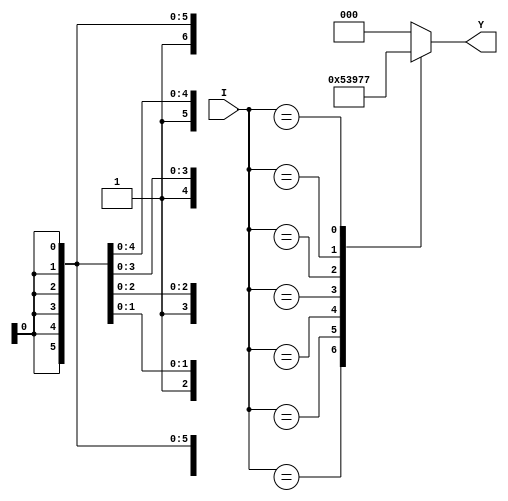
module pe8_3(I,Y);
 input[7:0] I;
 output reg[2:0] Y;
    always@(I)
    begin
	  case(I)
                8'b00000001 : Y=3'd0;
		8'b0000001X : Y=3'd1;
		8'b000001XX : Y=3'd2;
		8'b00001XXX : Y=3'd3;
		8'b0001XXXX : Y=3'd4;
		8'b001XXXXX : Y=3'd5;
		8'b01XXXXXX : Y=3'd6;
		8'b1XXXXXXX : Y=3'd7;
		default : Y=0;
	  endcase
    end
endmodule